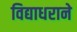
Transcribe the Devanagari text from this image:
विद्याधराने